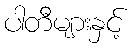
ပါတီများနှင့်